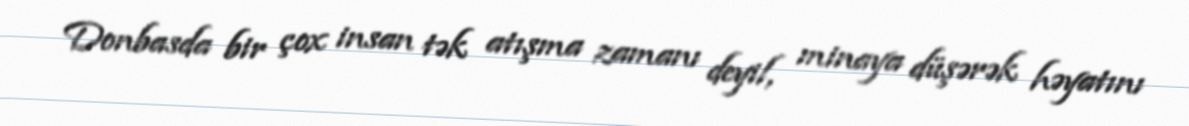
Donbasda bir çox insan tək atışma zamanı deyil, minaya düşərək həyatını